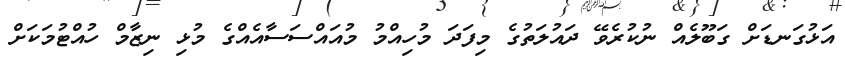
އަޅުގަނޑަށް ގަބޫލެއް ނުކުރެވޭ ދައުލަތުގެ މިފަދަ މުހިއްމު މުއައްސަސާއެއްގެ މުޅި ނިޒާމް ހުއްޓުމަކަށް